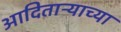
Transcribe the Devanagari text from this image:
आदिताऱ्याच्या